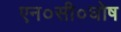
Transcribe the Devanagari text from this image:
एन०सी०घोष